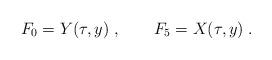
LaTeX: \begin{align*}F_{0}=Y(\tau,y)\; ,\qquad F_{5}=X(\tau,y)\; .\end{align*}